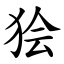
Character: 狯